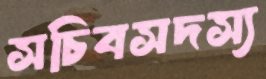
সচিবসদস্য